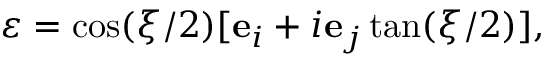
\boldsymbol { \varepsilon } = \cos ( \xi / 2 ) [ \mathbf { e } _ { i } + i \mathbf { e } _ { j } \tan ( \xi / 2 ) ] ,